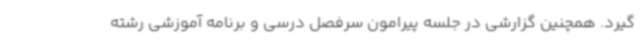
گیرد. همچنین گزارشی در جلسه پیرامون سرفصل درسی و برنامه آموزشی رشته